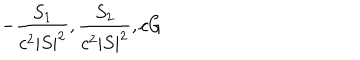
LaTeX: - { \frac { S _ { 1 } } { c ^ { 2 } | S | ^ { 2 } } } , { \frac { S _ { 2 } } { c ^ { 2 } | S | ^ { 2 } } } , c G